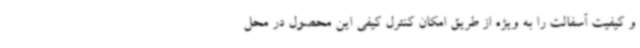
و کیفیت آسفالت را به ویژه از طریق امکان کنترل کیفی این محصول در محل